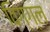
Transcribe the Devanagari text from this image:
विग्ग्ल